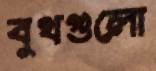
বুথগুলো